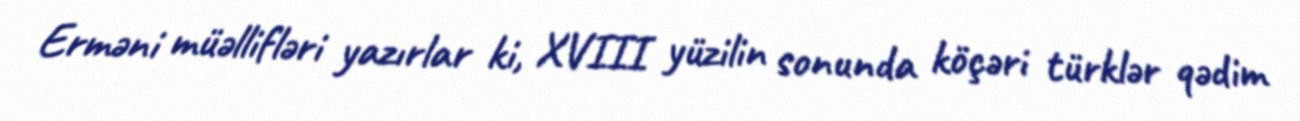
Erməni müəllifləri yazırlar ki, XVIII yüzilin sonunda köçəri türklər qədim